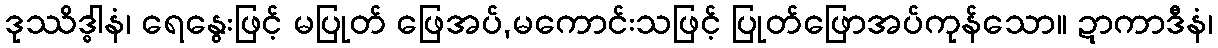
ဒုဿိဒ္ဓါနံ၊ ရေနွေးဖြင့် မပြုတ် ဖြေအပ်,မကောင်းသဖြင့် ပြုတ်ဖြောအပ်ကုန်သော။ ဍာကာဒီနံ၊